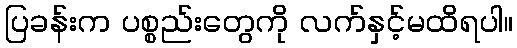
ပြခန်းက ပစ္စည်းတွေကို လက်နှင့်မထိရပါ။